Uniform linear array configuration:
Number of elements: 8
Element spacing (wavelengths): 0.5
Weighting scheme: hamming
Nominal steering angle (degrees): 15
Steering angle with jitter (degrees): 16.799
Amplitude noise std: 0.05
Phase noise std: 0.05

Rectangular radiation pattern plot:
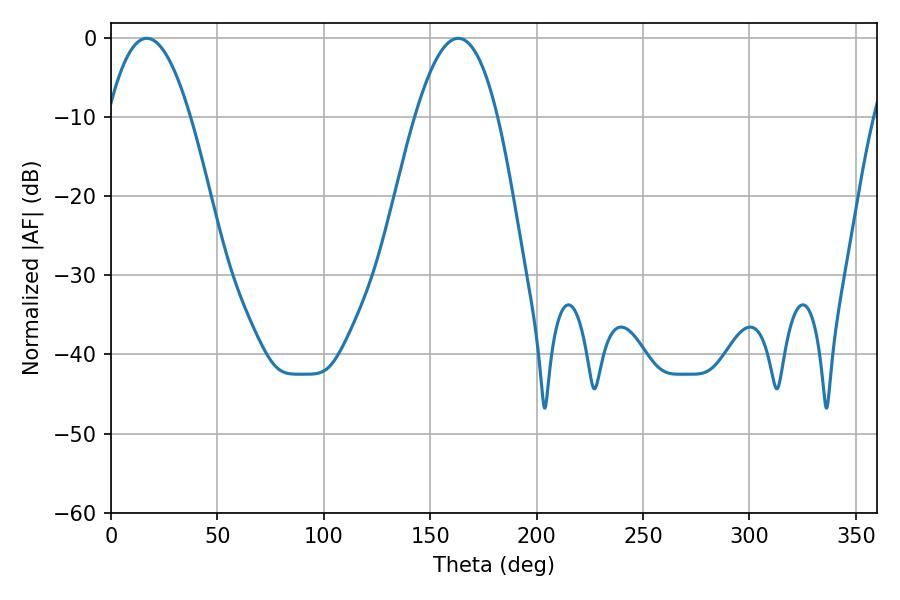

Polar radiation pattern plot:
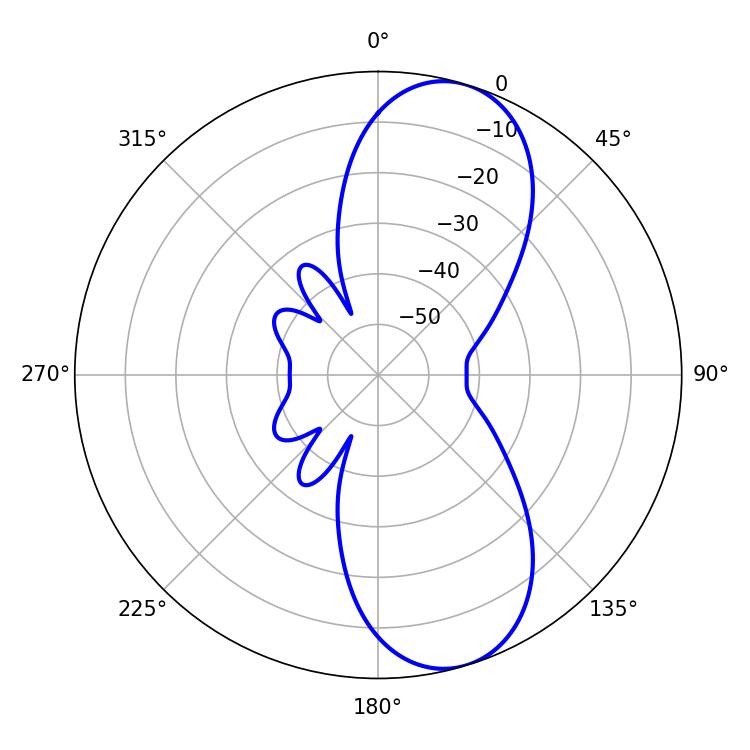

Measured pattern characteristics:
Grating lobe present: FALSE
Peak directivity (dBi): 9.262
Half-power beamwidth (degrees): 21.24
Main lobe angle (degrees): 16.74